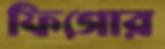
ফিগোর